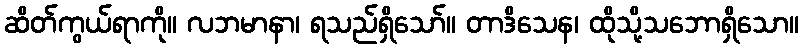
ဆိတ်ကွယ်ရာကို။ လဘမာနာ၊ ရသည်ရှိသော်။ တာဒိသေန၊ ထိုသို့သဘောရှိသော။